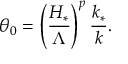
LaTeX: \theta _ { 0 } = \left( \frac { H _ { * } } { \Lambda } \right) ^ { p } \frac { k _ { * } } { k } .